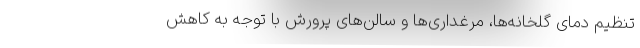
تنظیم دمای گلخانه‌ها، مرغداری‌ها و سالن‌های پرورش با توجه به کاهش